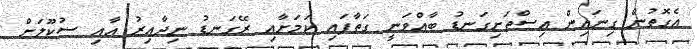
އެގޮތުން ގިނައިން އިސްތަށިގަނޑު ބާއްވަނީ ގަތާފައި ކަމަށާއި ރޭގަނޑު ނިދާއިރު އާއި ސުކޫލަށް